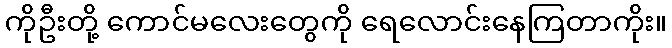
ကိုဦးတို့ ကောင်မလေးတွေကို ရေလောင်းနေကြတာကိုး။